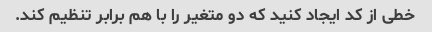
خطی از کد ایجاد کنید که دو متغیر را با هم برابر تنظیم کند.